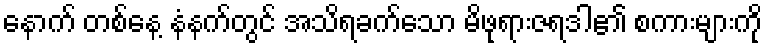
နောက် တစ်နေ့ နံနက်တွင် အသိရခက်သော မိဖုရားဇရဒါ၏ စကားများကို